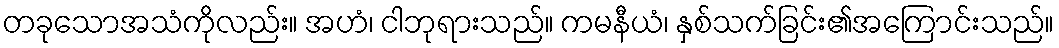
တခုသောအသံကိုလည်း။ အဟံ၊ ငါဘုရားသည်။ ကမနီယံ၊ နှစ်သက်ခြင်း၏အကြောင်းသည်။